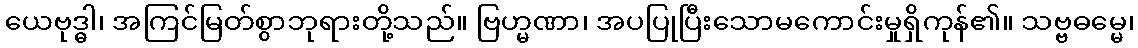
ယေဗုဒ္ဓါ၊ အကြင်မြတ်စွာဘုရားတို့သည်။ ဗြဟ္မဏာ၊ အပပြုပြီးသောမကောင်းမှုရှိကုန်၏။ သဗ္ဗဓမ္မေ၊